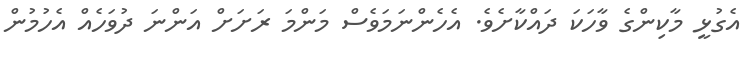
އެގުޅީ މާކިންގެ ވާހަކަ ދައްކާށެވެ. އެހެންނަމަވެސް މަންމަ ރަށަށް އަންނަ ދުވަހެއް އެހުމުން